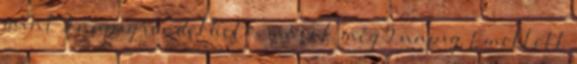
mint 3 napig rendelhető, mások még 5 napig. Emellett